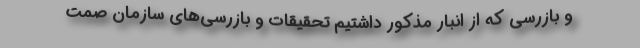
و بازرسی که از انبار مذکور داشتیم تحقیقات و بازرسی‌های سازمان صمت